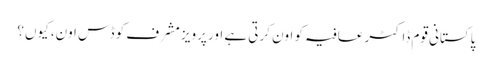
پاکستانی قوم ڈاکٹر عافیہ کو اون کرتی ہے اور پرویز مشرف کو ڈس اون، کیوں؟